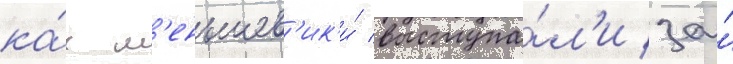
ка́к м'еньшев'ик'и́ выступа́л'и за́